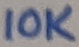
Text: 10K